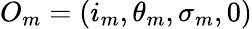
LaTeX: O_{m}=(i_{m},\theta_{m},\sigma_{m},0)